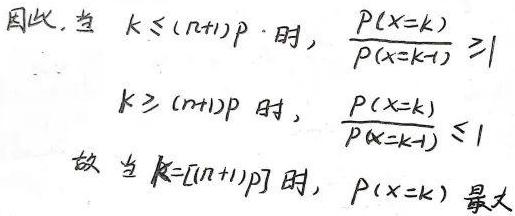
因此，当 $k \leq (n + 1)p$ 时，$\frac{P(X = k)}{P(X = k - 1)} \geq 1$
$k \geq (n + 1)p$ 时，$\frac{P(X = k)}{P(X = k - 1)} \leq 1$
故当 $k = [(n + 1)p]$ 时，$P(X = k)$ 最大